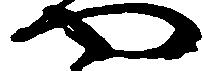
や